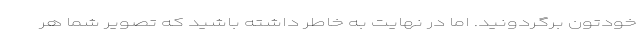
خودتون برگردونید. اما در نهایت به خاطر داشته باشید که تصویر شما هر